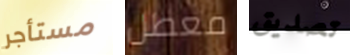
مستأجر معطل تصديق